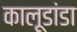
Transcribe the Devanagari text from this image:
कालूडांडा